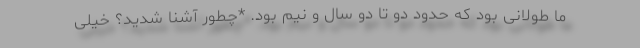
ما طولانی بود که حدود دو تا دو سال و نیم بود. *چطور آشنا شدید؟ خیلی